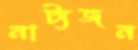
নাট্যজন